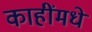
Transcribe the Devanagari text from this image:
काहींमधे